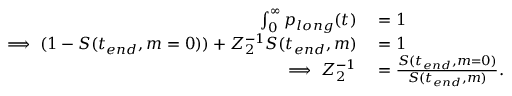
\begin{array} { r l } { \int _ { 0 } ^ { \infty } p _ { l o n g } ( t ) } & { { } = 1 } \\ { \implies ( 1 - S ( t _ { e n d } , m = 0 ) ) + Z _ { 2 } ^ { - 1 } S ( t _ { e n d } , m ) } & { { } = 1 } \\ { \implies Z _ { 2 } ^ { - 1 } } & { { } = \frac { S ( t _ { e n d } , m = 0 ) } { S ( t _ { e n d } , m ) } . } \end{array}